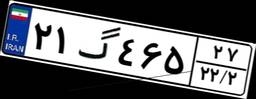
۲۱گ۴۶۵۲۷